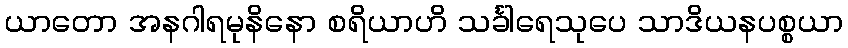
ယာတော အနဂါရမုနိနော စရိယာဟိ သင်္ခါရေသုပေ သာဒိယနပစ္စယာ